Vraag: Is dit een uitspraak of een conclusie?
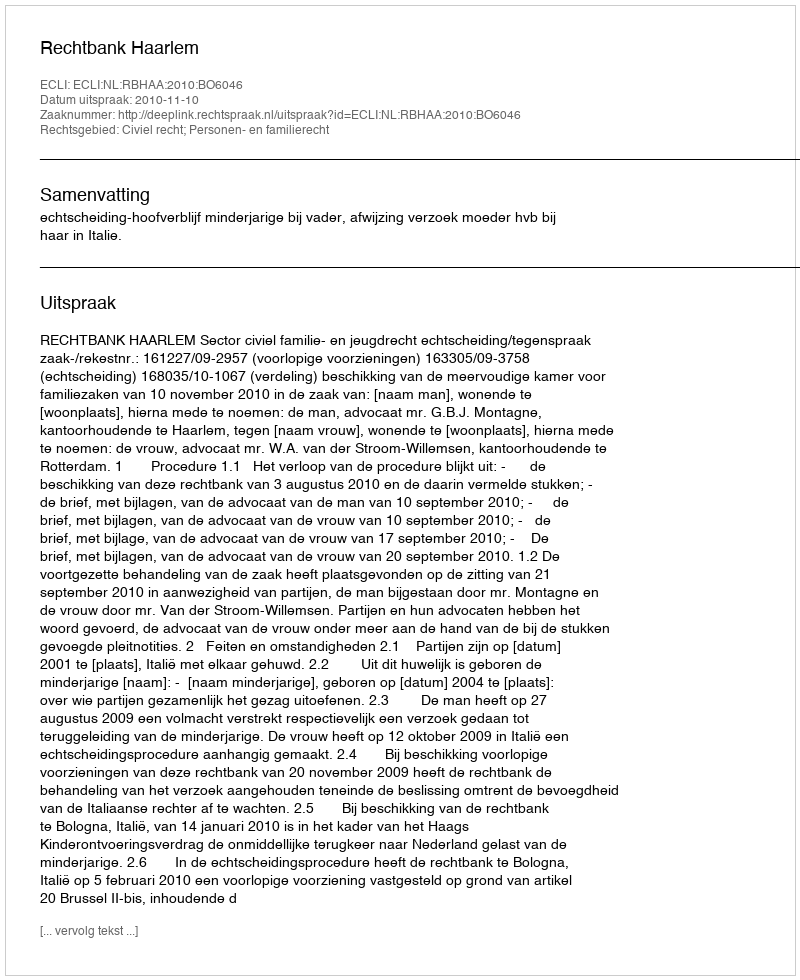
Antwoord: Uitspraak